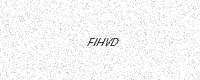
Text: FIHVD